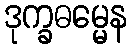
ဒုက္ခဓမ္မေန